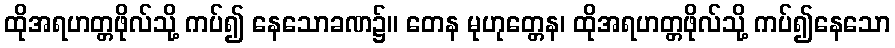
ထိုအရဟတ္တဖိုလ်သို့ ကပ်၍ နေသောခဏ၌။ တေန မုဟုတ္တေန၊ ထိုအရဟတ္တဖိုလ်သို့ ကပ်၍နေသော